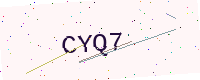
Text: CYQ7